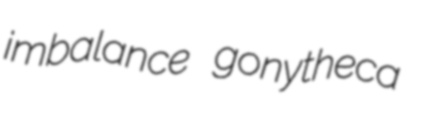
imbalance gonytheca